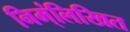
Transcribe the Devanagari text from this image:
निम्ंलिखित